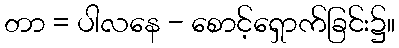
တာ = ပါလနေ - စောင့်ရှောက်ခြင်း၌။